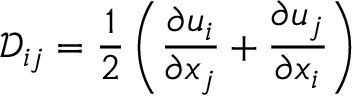
\mathcal { D } _ { i j } = \frac { 1 } { 2 } \left( \frac { \partial u _ { i } } { \partial x _ { j } } + \frac { \partial u _ { j } } { \partial x _ { i } } \right)